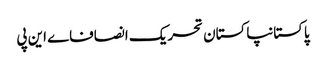
پاکستانپاکستان تحریک انصافاے این پی